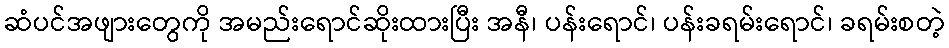
ဆံပင်အဖျားတွေကို အမည်းရောင်ဆိုးထားပြီး အနီ၊ ပန်းရောင်၊ ပန်းခရမ်းရောင်၊ ခရမ်းစတဲ့